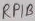
Text: RPIB